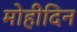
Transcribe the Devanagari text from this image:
मोहीदिन